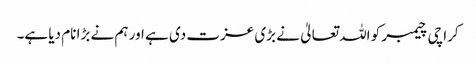
کراچی چیمبر کو اللہ تعالیٰ نے بڑی عزت دی ہے اور ہم نے بڑا نام دیا ہے۔